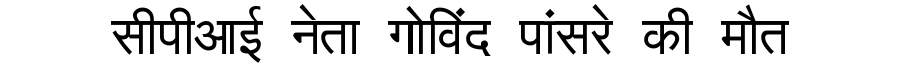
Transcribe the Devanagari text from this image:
सीपीआई नेता गोविंद पांसरे की मौत